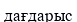
дағдарыс